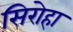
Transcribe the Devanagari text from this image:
सिरोहा